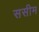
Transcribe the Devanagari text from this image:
ससीम